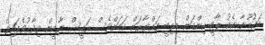
މައުމޫނާ އެކު ޕާޓީ ހިންގަން މިތިބީ ތައްޔާރަށް ކަމަށްވެސް ރައީސް ޔާމީން ވިދާޅުވެފައިވެ